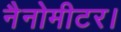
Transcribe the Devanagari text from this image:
नैनोमीटर।